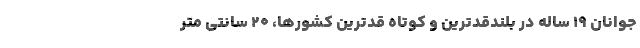
جوانان ۱۹ ساله در بلندقدترین و کوتاه قدترین کشورها، ۲۰ سانتی متر